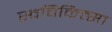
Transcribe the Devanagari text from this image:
स्वचिकित्सा